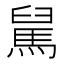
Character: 𩣅